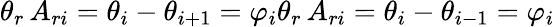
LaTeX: \theta_{r}\, A_{ri}=\theta_{i}-\theta_{i+1}=\varphi_{i}\theta_{r}\, A_{ri}=\theta_{i}-\theta_{i-1}=\varphi_{i}